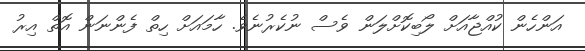
އަންހެން ކުއްޖާއަށް ލޯބިކޮށްލަން ވެސް ނުކެރުނެވެ. ހާމައަށް ހިތް ފެންނަން އޮތް އިރު